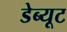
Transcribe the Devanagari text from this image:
डेब्यूट